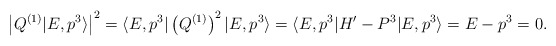
\begin{align*}\left|Q^{(1)}\vert E, p^3 \rangle\right|^2 =\langle E, p^3 \vert \left(Q^{(1)}\right)^2 \vert E, p^3 \rangle =\langle E, p^3 \vert H'-P^3 \vert E, p^3 \rangle =E-p^3=0.\end{align*}